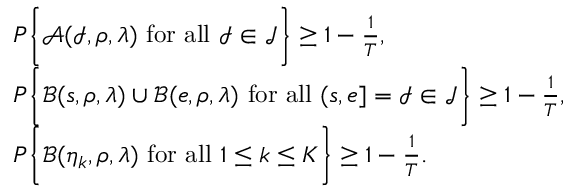
\begin{array} { r l } & { P \bigg \{ \mathcal A ( \mathcal I , \rho , \lambda ) \mathrm { ~ f o r ~ a l l ~ } \mathcal I \in \mathcal J \bigg \} \ge 1 - \frac { 1 } { T } , } \\ & { P \bigg \{ \mathcal B ( s , \rho , \lambda ) \cup \mathcal B ( e , \rho , \lambda ) \mathrm { ~ f o r ~ a l l ~ } \mathcal ( s , e ] = \mathcal I \in \mathcal J \bigg \} \ge 1 - \frac { 1 } { T } , } \\ & { P \bigg \{ \mathcal B ( \eta _ { k } , \rho , \lambda ) \mathrm { ~ f o r ~ a l l ~ } 1 \le k \le K \bigg \} \ge 1 - \frac { 1 } { T } . } \end{array}